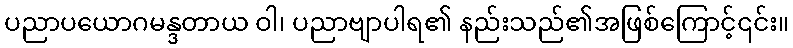
ပညာပယောဂမန္ဒတာယ ဝါ၊ ပညာဗျာပါရ၏ နည်းသည်၏အဖြစ်ကြောင့်၎င်း။